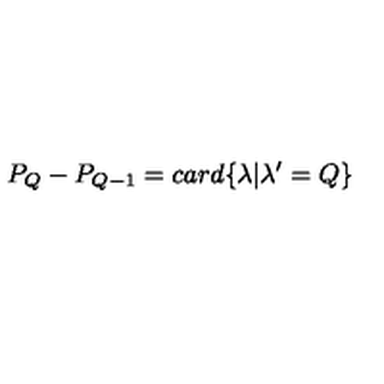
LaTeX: P _ { Q } - P _ { Q - 1 } = c a r d \{ \lambda | \lambda ^ { \prime } = Q \}